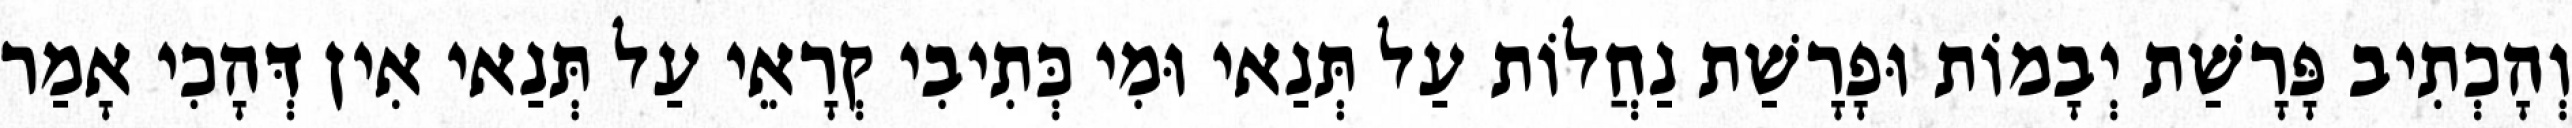
וְהָכְתִיב פָּרָשַׁת יְבָמוֹת וּפָרָשַׁת נַחֲלוֹת עַל תְּנַאי וּמִי כְּתִיבִי קְרָאֵי עַל תְּנַאי אִין דְּהָכִי אָמַר